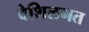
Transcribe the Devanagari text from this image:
वेशिलगत